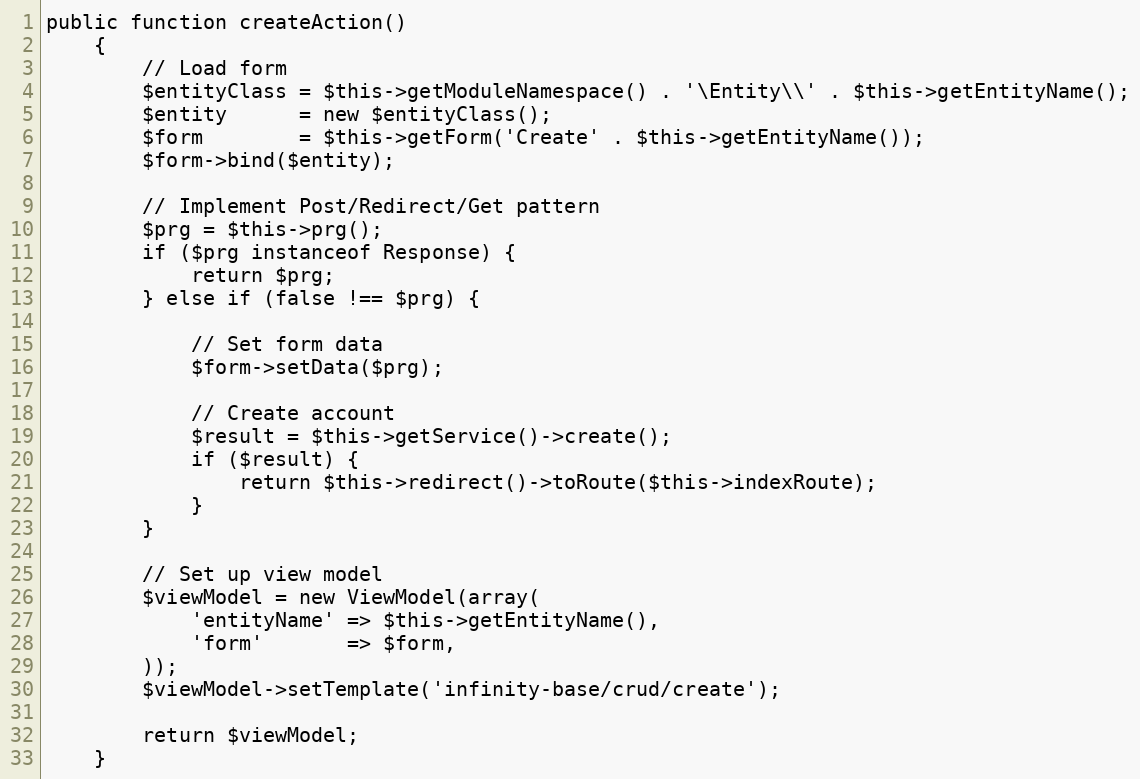
Language: PHP
public function createAction()
    {
        // Load form
        $entityClass = $this->getModuleNamespace() . '\Entity\\' . $this->getEntityName();
        $entity      = new $entityClass();
        $form        = $this->getForm('Create' . $this->getEntityName());
        $form->bind($entity);

        // Implement Post/Redirect/Get pattern
        $prg = $this->prg();
        if ($prg instanceof Response) {
            return $prg;
        } else if (false !== $prg) {

            // Set form data
            $form->setData($prg);

            // Create account
            $result = $this->getService()->create();
            if ($result) {
                return $this->redirect()->toRoute($this->indexRoute);
            }
        }

        // Set up view model
        $viewModel = new ViewModel(array(
            'entityName' => $this->getEntityName(),
            'form'       => $form,
        ));
        $viewModel->setTemplate('infinity-base/crud/create');

        return $viewModel;
    }